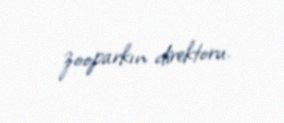
zooparkın direktoru.